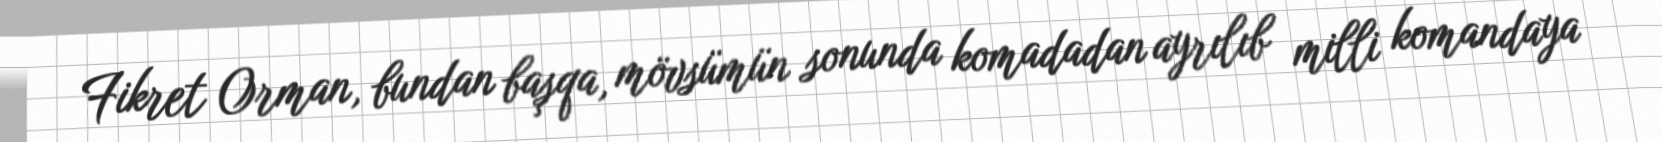
Fikret Orman, bundan başqa, mövsümün sonunda komadadan ayrılıb milli komandaya